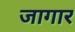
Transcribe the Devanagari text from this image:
जागार